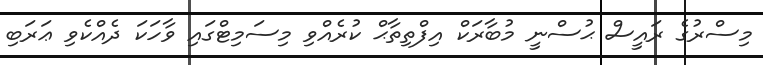
މިސްރުގެ ރައީސް ޙުސްނީ މުބާރަކް އިފްތިތާޙް ކުރެއްވި މިސަމިޓްގައި ވާހަކަ ދެއްކެވި ޢަރަބި